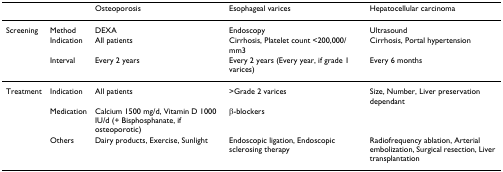
<table><thead><tr><td>[EMPTY_CELL]</td><td>[EMPTY_CELL]</td><td><b>Osteoporosis</b></td><td><b>Esophageal varices</b></td><td><b>Hepatocellular carcinoma</b></td></tr></thead><tbody><tr><td>Screening</td><td>Method</td><td>DEXA</td><td>Endoscopy</td><td>Ultrasound</td></tr><tr><td>[EMPTY_CELL]</td><td>Indication</td><td>All patients</td><td>Cirrhosis, Platelet count &lt;200,000/mm3</td><td>Cirrhosis, Portal hypertension</td></tr><tr><td>[EMPTY_CELL]</td><td>Interval</td><td>Every 2 years</td><td>Every 2 years (Every year, if grade 1 varices)</td><td>Every 6 months</td></tr><tr><td>Treatment</td><td>Indication</td><td>All patients</td><td>&gt;Grade 2 varices</td><td>Size, Number, Liver preservation dependant</td></tr><tr><td>[EMPTY_CELL]</td><td>Medication</td><td>Calcium 1500 mg/d, Vitamin D 1000 IU/d (+ Bisphosphanate, if osteoporotic)</td><td><b>β</b>-blockers</td><td>[EMPTY_CELL]</td></tr><tr><td>[EMPTY_CELL]</td><td>Others</td><td>Dairy products, Exercise, Sunlight</td><td>Endoscopic ligation, Endoscopic sclerosing therapy</td><td>Radiofrequency ablation, Arterial embolization, Surgical resection, Liver transplantation</td></tr></tbody></table>